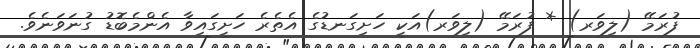
ފުރަމޭ (ލިވަރ) * ފުރަމޭ (ލިވަރ)އަކީ ހަށިގަނޑުގެ އެތެރެ ހަށީގައިވާ އެންމެބޮޑު ގުނަވަނެވެ.